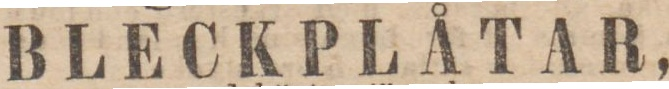
BLECKPLÅTAR,